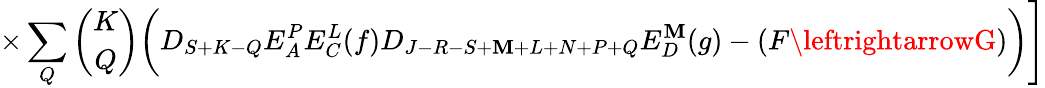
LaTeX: \times\sum_{Q}{\binom{K}{Q}}\biggl(D_{S+K-Q}E_{A}^{P}E_{C}^{L}(f)D_{J-R-S+\mathbf{M}+L+N+P+Q}E_{D}^{\mathbf{M}}(g)-(F\leftrightarrowG)\biggr)\Biggr]